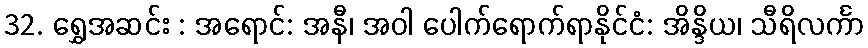
32. ရွှေအဆင်း : အရောင်: အနီ၊ အဝါ ပေါက်ရောက်ရာနိုင်ငံ: အိန္ဒိယ၊ သီရိလင်္ကာ